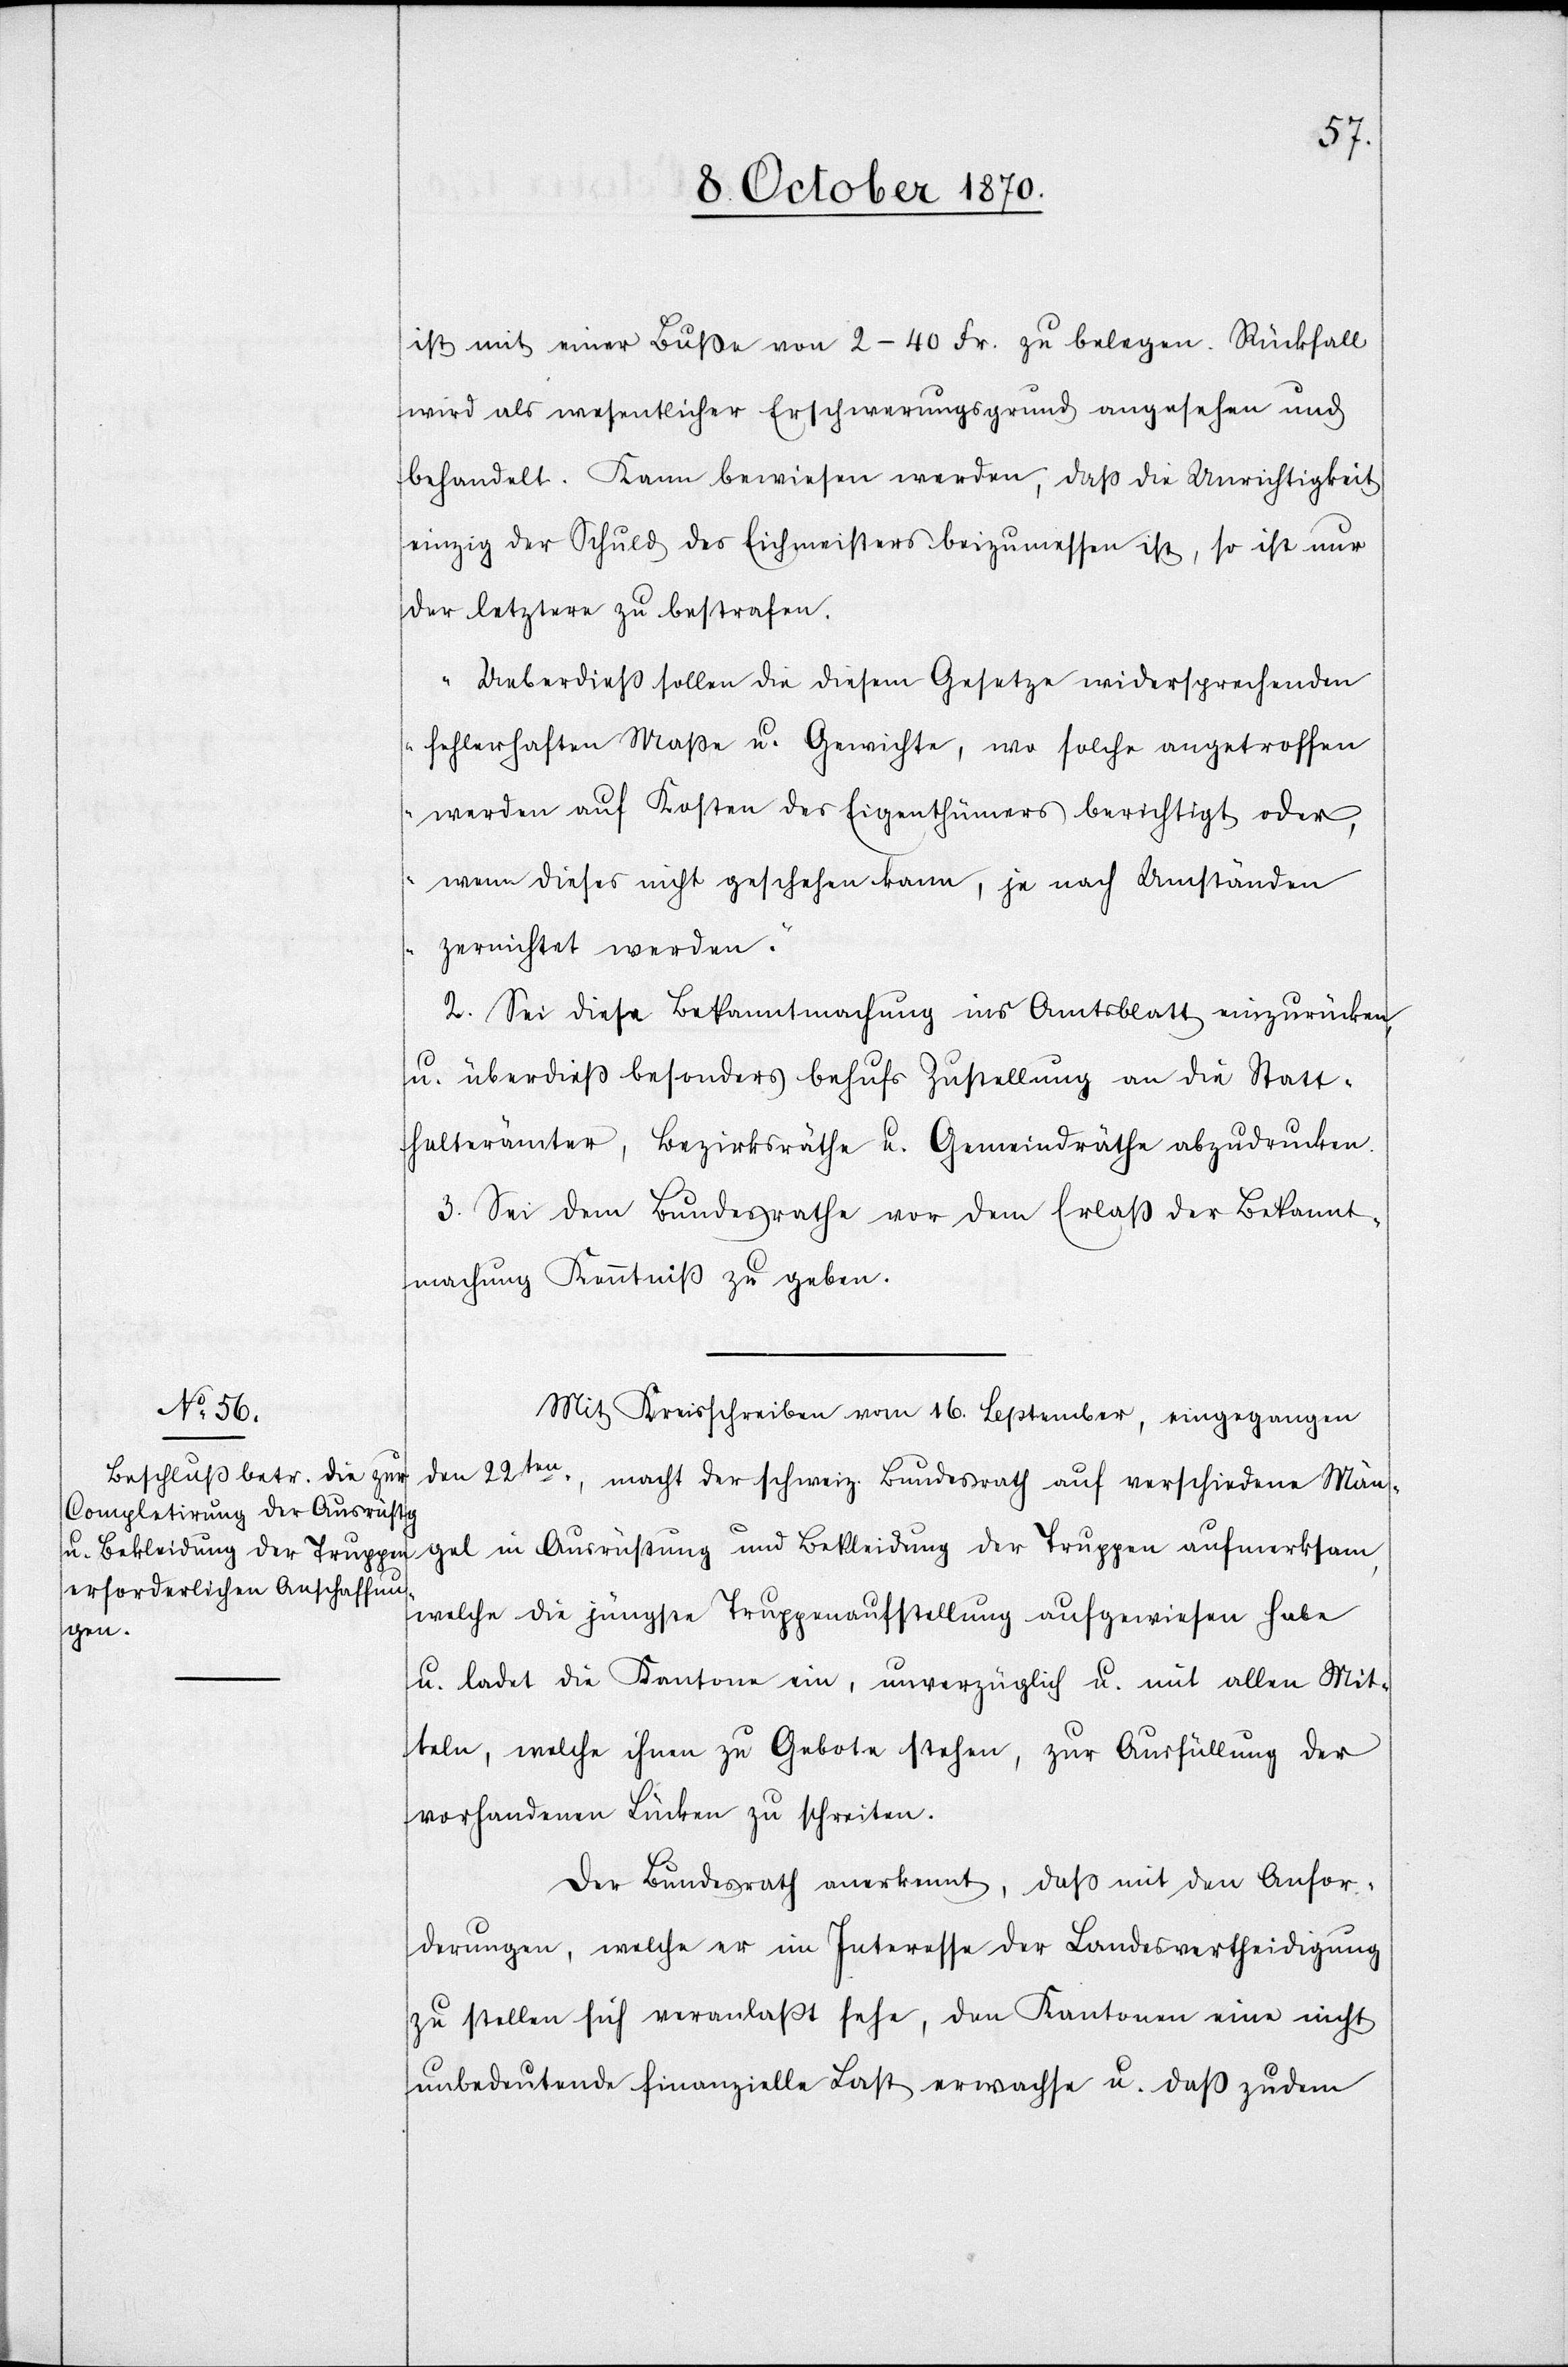
ist mit einer Buße von 2–40 Fr. zu belegen. Rückfall
wird als wesentlicher Erschwerungsgrund angesehen und
behandelt. Kann bewiesen werden, daß die Unrichtigkeit
einzig der Schuld des Eichmeisters beizumessen ist, so ist nur
der letztere zu bestrafen.
Ueberdieß sollen die diesem Gesetze widersprechenden
fehlerhaften Maße u. Gewichte, wo solche angetroffen
werden auf Kosten des Eigenthümers berichtigt oder
wenn dieses nicht geschehen kann, je nach Umständen
zernichtet werden.“
2. Sei diese Bekanntmachung ins Amtsblatt einzurücken
u. überdieß besonders behufs Zustellung an die Statt¬
halterämter, Bezirksräthe u. Gemeindräthe abzudrucken.
3. Sei dem Bundesrathe von dem Erlaß der Bekannt¬
machung Kenntniß zu geben.
Mit Kreisschreiben vom 16. September, eingegangen
der Truppen
macht der schweiz. Bundesrath auf verschiedene Män¬
welche die jüngste Truppenaufstellung aufgewiesen habe
gel
u. ladet die Kantone ein, unverzüglich u. mit allen Mit¬
teln, welche ihnen zu Gebote stehen, zur Ausfüllung der
vorhandenen Lücken zu schreiten.
Der Bundesrath anerkennt, daß mit den Anfor¬
derungen, welche er im Interesse der Landesvertheidigung
zu stellen sich veranlaßt sehe, den Kantonen eine nicht
unbedeutende finanzielle Last erwachse u. daß zudem